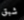
شبق